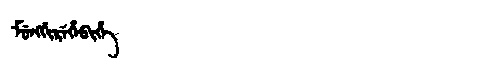
Manchu: ᠮᡠᠩᡤᡳᡵᡝᡥᡝᠪᡳᡥᡝ
Romanization: MUNGGIREHEBIHE